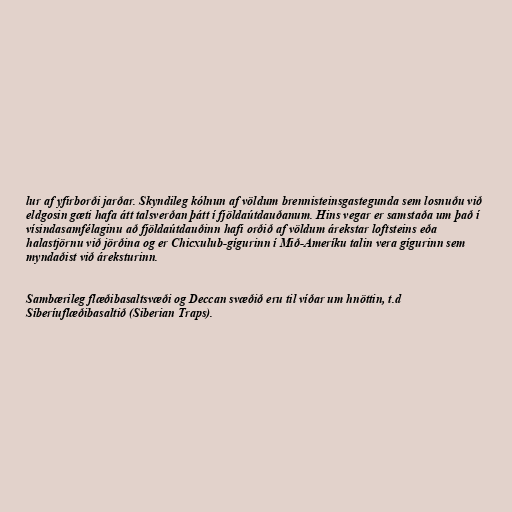
lur af yfirborði jarðar. Skyndileg kólnun af völdum brennisteinsgastegunda sem losnuðu við
eldgosin gæti hafa átt talsverðan þátt í fjöldaútdauðanum. Hins vegar er samstaða um það í
vísindasamfélaginu að fjöldaútdauðinn hafi orðið af völdum árekstar loftsteins eða
halastjörnu við jörðina og er Chicxulub-gígurinn í Mið-Ameríku talin vera gígurinn sem
myndaðist við áreksturinn.

Sambærileg flæðibasaltsvæði og Deccan svæðið eru til víðar um hnöttin, t.d
Síberíuflæðibasaltið (Siberian Traps).